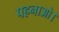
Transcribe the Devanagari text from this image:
पहनाओ।